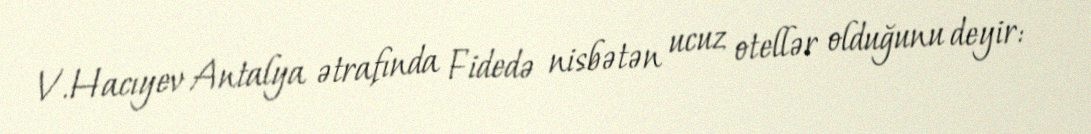
V.Hacıyev Antalya ətrafında Fidedə nisbətən ucuz otellər olduğunu deyir: